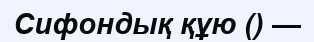
Сифондық құю () —